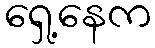
ရှေ့နေက